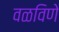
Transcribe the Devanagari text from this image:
वळविणे